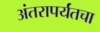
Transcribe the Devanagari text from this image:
अंतरापर्यंतचा